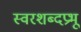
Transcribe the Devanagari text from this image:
स्वरशब्दप्रभू